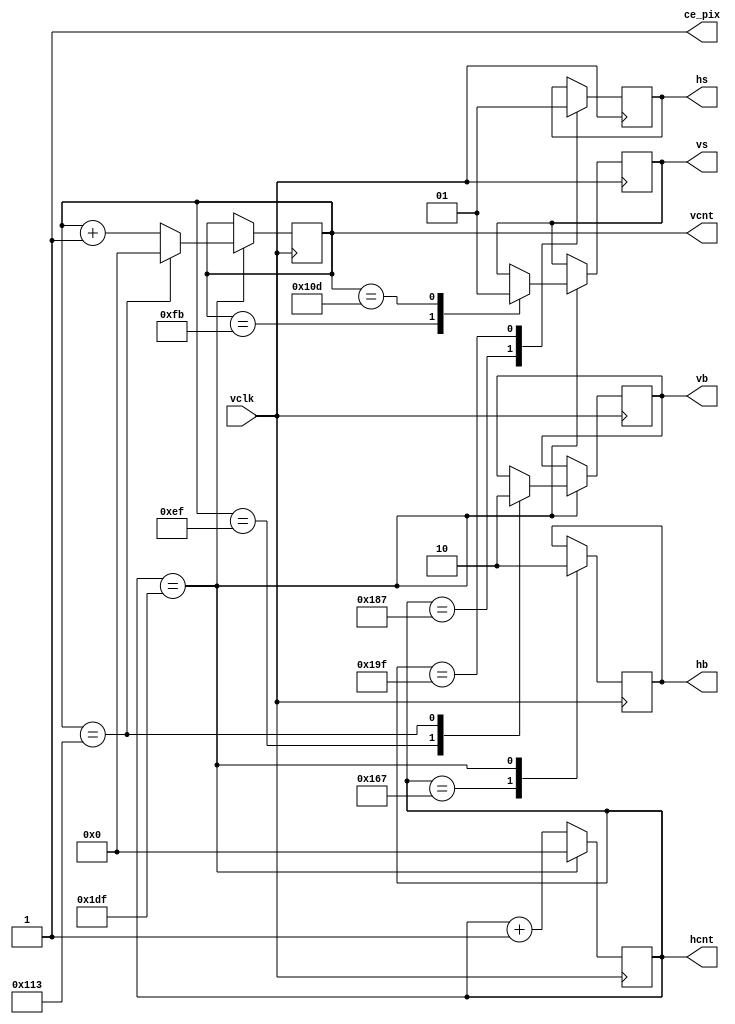

module hvgen (
  input vclk,
  output reg hb = 1,
  output reg vb = 1,
  output reg hs = 1,
  output reg vs = 1,
  output ce_pix,
  output reg [9:0] hcnt,
  output reg [9:0] vcnt
);

assign ce_pix = 1'b1;

always @(posedge vclk) begin
	  hcnt <= hcnt + 10'd1;
	  case (hcnt)
		 359: hb <= 1'b1;
		 391: hs <= 1'b0;
		 415: hs <= 1'b1;
		 479: begin
			vcnt <= vcnt + 10'd1;
			hcnt <= 10'd0;
			hb <= 1'b0;
			case (vcnt)
			  239: vb <= 1'b1;
			  251: vs <= 1'b0;
			  269: vs <= 1'b1;
			  275: begin
				 vcnt <= 10'd0;
				 vb <= 1'b0;
			  end
			endcase
		 end
	  endcase
	  
end

endmodule